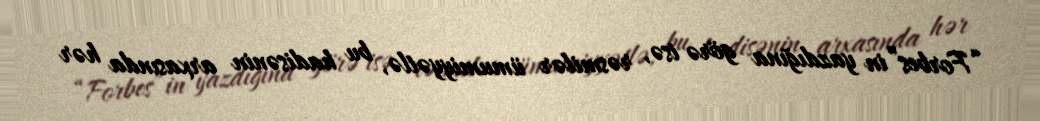
“Forbes”in yazdığına görə isə, rəsmilər ümumiyyətlə, bu hadisənin arxasında hər